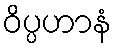
ဝိပ္ပဟာနံ